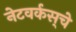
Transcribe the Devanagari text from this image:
नेटवर्कस्‌चे